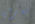
تعرفى